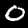
Label: 0